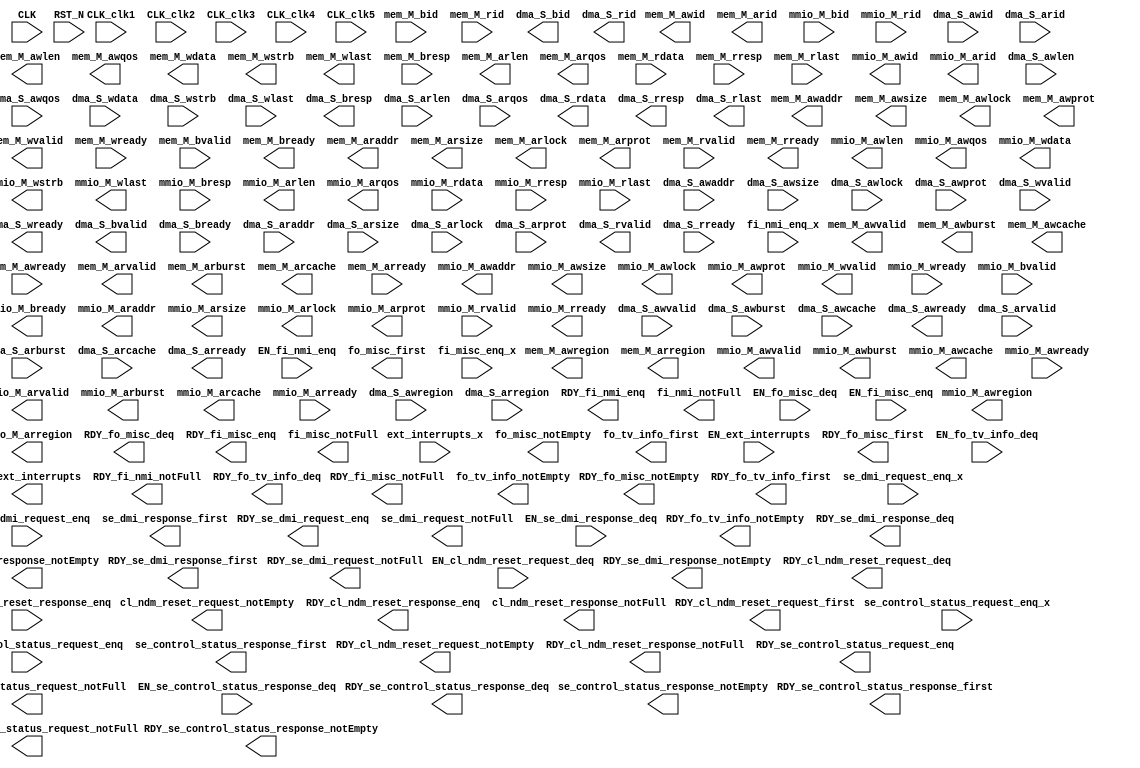
module mkAWSteria_Core(CLK_clk1,
		       CLK_clk2,
		       CLK_clk3,
		       CLK_clk4,
		       CLK_clk5,
		       CLK,
		       RST_N,

		       mem_M_awvalid,

		       mem_M_awid,

		       mem_M_awaddr,

		       mem_M_awlen,

		       mem_M_awsize,

		       mem_M_awburst,

		       mem_M_awlock,

		       mem_M_awcache,

		       mem_M_awprot,

		       mem_M_awqos,

		       mem_M_awregion,

		       mem_M_awready,

		       mem_M_wvalid,

		       mem_M_wdata,

		       mem_M_wstrb,

		       mem_M_wlast,

		       mem_M_wready,

		       mem_M_bvalid,
		       mem_M_bid,
		       mem_M_bresp,

		       mem_M_bready,

		       mem_M_arvalid,

		       mem_M_arid,

		       mem_M_araddr,

		       mem_M_arlen,

		       mem_M_arsize,

		       mem_M_arburst,

		       mem_M_arlock,

		       mem_M_arcache,

		       mem_M_arprot,

		       mem_M_arqos,

		       mem_M_arregion,

		       mem_M_arready,

		       mem_M_rvalid,
		       mem_M_rid,
		       mem_M_rdata,
		       mem_M_rresp,
		       mem_M_rlast,

		       mem_M_rready,

		       mmio_M_awvalid,

		       mmio_M_awid,

		       mmio_M_awaddr,

		       mmio_M_awlen,

		       mmio_M_awsize,

		       mmio_M_awburst,

		       mmio_M_awlock,

		       mmio_M_awcache,

		       mmio_M_awprot,

		       mmio_M_awqos,

		       mmio_M_awregion,

		       mmio_M_awready,

		       mmio_M_wvalid,

		       mmio_M_wdata,

		       mmio_M_wstrb,

		       mmio_M_wlast,

		       mmio_M_wready,

		       mmio_M_bvalid,
		       mmio_M_bid,
		       mmio_M_bresp,

		       mmio_M_bready,

		       mmio_M_arvalid,

		       mmio_M_arid,

		       mmio_M_araddr,

		       mmio_M_arlen,

		       mmio_M_arsize,

		       mmio_M_arburst,

		       mmio_M_arlock,

		       mmio_M_arcache,

		       mmio_M_arprot,

		       mmio_M_arqos,

		       mmio_M_arregion,

		       mmio_M_arready,

		       mmio_M_rvalid,
		       mmio_M_rid,
		       mmio_M_rdata,
		       mmio_M_rresp,
		       mmio_M_rlast,

		       mmio_M_rready,

		       dma_S_awvalid,
		       dma_S_awid,
		       dma_S_awaddr,
		       dma_S_awlen,
		       dma_S_awsize,
		       dma_S_awburst,
		       dma_S_awlock,
		       dma_S_awcache,
		       dma_S_awprot,
		       dma_S_awqos,
		       dma_S_awregion,

		       dma_S_awready,

		       dma_S_wvalid,
		       dma_S_wdata,
		       dma_S_wstrb,
		       dma_S_wlast,

		       dma_S_wready,

		       dma_S_bvalid,

		       dma_S_bid,

		       dma_S_bresp,

		       dma_S_bready,

		       dma_S_arvalid,
		       dma_S_arid,
		       dma_S_araddr,
		       dma_S_arlen,
		       dma_S_arsize,
		       dma_S_arburst,
		       dma_S_arlock,
		       dma_S_arcache,
		       dma_S_arprot,
		       dma_S_arqos,
		       dma_S_arregion,

		       dma_S_arready,

		       dma_S_rvalid,

		       dma_S_rid,

		       dma_S_rdata,

		       dma_S_rresp,

		       dma_S_rlast,

		       dma_S_rready,

		       ext_interrupts_x,
		       EN_ext_interrupts,
		       RDY_ext_interrupts,

		       fi_nmi_enq_x,
		       EN_fi_nmi_enq,
		       RDY_fi_nmi_enq,

		       fi_nmi_notFull,
		       RDY_fi_nmi_notFull,

		       fo_misc_first,
		       RDY_fo_misc_first,

		       EN_fo_misc_deq,
		       RDY_fo_misc_deq,

		       fo_misc_notEmpty,
		       RDY_fo_misc_notEmpty,

		       fi_misc_enq_x,
		       EN_fi_misc_enq,
		       RDY_fi_misc_enq,

		       fi_misc_notFull,
		       RDY_fi_misc_notFull,

		       fo_tv_info_first,
		       RDY_fo_tv_info_first,

		       EN_fo_tv_info_deq,
		       RDY_fo_tv_info_deq,

		       fo_tv_info_notEmpty,
		       RDY_fo_tv_info_notEmpty,

		       se_dmi_request_enq_x,
		       EN_se_dmi_request_enq,
		       RDY_se_dmi_request_enq,

		       se_dmi_request_notFull,
		       RDY_se_dmi_request_notFull,

		       se_dmi_response_first,
		       RDY_se_dmi_response_first,

		       EN_se_dmi_response_deq,
		       RDY_se_dmi_response_deq,

		       se_dmi_response_notEmpty,
		       RDY_se_dmi_response_notEmpty,

		       RDY_cl_ndm_reset_request_first,

		       EN_cl_ndm_reset_request_deq,
		       RDY_cl_ndm_reset_request_deq,

		       cl_ndm_reset_request_notEmpty,
		       RDY_cl_ndm_reset_request_notEmpty,

		       EN_cl_ndm_reset_response_enq,
		       RDY_cl_ndm_reset_response_enq,

		       cl_ndm_reset_response_notFull,
		       RDY_cl_ndm_reset_response_notFull,

		       se_control_status_request_enq_x,
		       EN_se_control_status_request_enq,
		       RDY_se_control_status_request_enq,

		       se_control_status_request_notFull,
		       RDY_se_control_status_request_notFull,

		       se_control_status_response_first,
		       RDY_se_control_status_response_first,

		       EN_se_control_status_response_deq,
		       RDY_se_control_status_response_deq,

		       se_control_status_response_notEmpty,
		       RDY_se_control_status_response_notEmpty);
  input  CLK_clk1;
  input  CLK_clk2;
  input  CLK_clk3;
  input  CLK_clk4;
  input  CLK_clk5;
  input  CLK;
  input  RST_N;

  // value method mem_M_m_awvalid
  output mem_M_awvalid;

  // value method mem_M_m_awid
  output [15 : 0] mem_M_awid;

  // value method mem_M_m_awaddr
  output [63 : 0] mem_M_awaddr;

  // value method mem_M_m_awlen
  output [7 : 0] mem_M_awlen;

  // value method mem_M_m_awsize
  output [2 : 0] mem_M_awsize;

  // value method mem_M_m_awburst
  output [1 : 0] mem_M_awburst;

  // value method mem_M_m_awlock
  output mem_M_awlock;

  // value method mem_M_m_awcache
  output [3 : 0] mem_M_awcache;

  // value method mem_M_m_awprot
  output [2 : 0] mem_M_awprot;

  // value method mem_M_m_awqos
  output [3 : 0] mem_M_awqos;

  // value method mem_M_m_awregion
  output [3 : 0] mem_M_awregion;

  // value method mem_M_m_awuser

  // action method mem_M_m_awready
  input  mem_M_awready;

  // value method mem_M_m_wvalid
  output mem_M_wvalid;

  // value method mem_M_m_wdata
  output [511 : 0] mem_M_wdata;

  // value method mem_M_m_wstrb
  output [63 : 0] mem_M_wstrb;

  // value method mem_M_m_wlast
  output mem_M_wlast;

  // value method mem_M_m_wuser

  // action method mem_M_m_wready
  input  mem_M_wready;

  // action method mem_M_m_bvalid
  input  mem_M_bvalid;
  input  [15 : 0] mem_M_bid;
  input  [1 : 0] mem_M_bresp;

  // value method mem_M_m_bready
  output mem_M_bready;

  // value method mem_M_m_arvalid
  output mem_M_arvalid;

  // value method mem_M_m_arid
  output [15 : 0] mem_M_arid;

  // value method mem_M_m_araddr
  output [63 : 0] mem_M_araddr;

  // value method mem_M_m_arlen
  output [7 : 0] mem_M_arlen;

  // value method mem_M_m_arsize
  output [2 : 0] mem_M_arsize;

  // value method mem_M_m_arburst
  output [1 : 0] mem_M_arburst;

  // value method mem_M_m_arlock
  output mem_M_arlock;

  // value method mem_M_m_arcache
  output [3 : 0] mem_M_arcache;

  // value method mem_M_m_arprot
  output [2 : 0] mem_M_arprot;

  // value method mem_M_m_arqos
  output [3 : 0] mem_M_arqos;

  // value method mem_M_m_arregion
  output [3 : 0] mem_M_arregion;

  // value method mem_M_m_aruser

  // action method mem_M_m_arready
  input  mem_M_arready;

  // action method mem_M_m_rvalid
  input  mem_M_rvalid;
  input  [15 : 0] mem_M_rid;
  input  [511 : 0] mem_M_rdata;
  input  [1 : 0] mem_M_rresp;
  input  mem_M_rlast;

  // value method mem_M_m_rready
  output mem_M_rready;

  // value method mmio_M_m_awvalid
  output mmio_M_awvalid;

  // value method mmio_M_m_awid
  output [15 : 0] mmio_M_awid;

  // value method mmio_M_m_awaddr
  output [63 : 0] mmio_M_awaddr;

  // value method mmio_M_m_awlen
  output [7 : 0] mmio_M_awlen;

  // value method mmio_M_m_awsize
  output [2 : 0] mmio_M_awsize;

  // value method mmio_M_m_awburst
  output [1 : 0] mmio_M_awburst;

  // value method mmio_M_m_awlock
  output mmio_M_awlock;

  // value method mmio_M_m_awcache
  output [3 : 0] mmio_M_awcache;

  // value method mmio_M_m_awprot
  output [2 : 0] mmio_M_awprot;

  // value method mmio_M_m_awqos
  output [3 : 0] mmio_M_awqos;

  // value method mmio_M_m_awregion
  output [3 : 0] mmio_M_awregion;

  // value method mmio_M_m_awuser

  // action method mmio_M_m_awready
  input  mmio_M_awready;

  // value method mmio_M_m_wvalid
  output mmio_M_wvalid;

  // value method mmio_M_m_wdata
  output [63 : 0] mmio_M_wdata;

  // value method mmio_M_m_wstrb
  output [7 : 0] mmio_M_wstrb;

  // value method mmio_M_m_wlast
  output mmio_M_wlast;

  // value method mmio_M_m_wuser

  // action method mmio_M_m_wready
  input  mmio_M_wready;

  // action method mmio_M_m_bvalid
  input  mmio_M_bvalid;
  input  [15 : 0] mmio_M_bid;
  input  [1 : 0] mmio_M_bresp;

  // value method mmio_M_m_bready
  output mmio_M_bready;

  // value method mmio_M_m_arvalid
  output mmio_M_arvalid;

  // value method mmio_M_m_arid
  output [15 : 0] mmio_M_arid;

  // value method mmio_M_m_araddr
  output [63 : 0] mmio_M_araddr;

  // value method mmio_M_m_arlen
  output [7 : 0] mmio_M_arlen;

  // value method mmio_M_m_arsize
  output [2 : 0] mmio_M_arsize;

  // value method mmio_M_m_arburst
  output [1 : 0] mmio_M_arburst;

  // value method mmio_M_m_arlock
  output mmio_M_arlock;

  // value method mmio_M_m_arcache
  output [3 : 0] mmio_M_arcache;

  // value method mmio_M_m_arprot
  output [2 : 0] mmio_M_arprot;

  // value method mmio_M_m_arqos
  output [3 : 0] mmio_M_arqos;

  // value method mmio_M_m_arregion
  output [3 : 0] mmio_M_arregion;

  // value method mmio_M_m_aruser

  // action method mmio_M_m_arready
  input  mmio_M_arready;

  // action method mmio_M_m_rvalid
  input  mmio_M_rvalid;
  input  [15 : 0] mmio_M_rid;
  input  [63 : 0] mmio_M_rdata;
  input  [1 : 0] mmio_M_rresp;
  input  mmio_M_rlast;

  // value method mmio_M_m_rready
  output mmio_M_rready;

  // action method dma_S_m_awvalid
  input  dma_S_awvalid;
  input  [15 : 0] dma_S_awid;
  input  [63 : 0] dma_S_awaddr;
  input  [7 : 0] dma_S_awlen;
  input  [2 : 0] dma_S_awsize;
  input  [1 : 0] dma_S_awburst;
  input  dma_S_awlock;
  input  [3 : 0] dma_S_awcache;
  input  [2 : 0] dma_S_awprot;
  input  [3 : 0] dma_S_awqos;
  input  [3 : 0] dma_S_awregion;

  // value method dma_S_m_awready
  output dma_S_awready;

  // action method dma_S_m_wvalid
  input  dma_S_wvalid;
  input  [511 : 0] dma_S_wdata;
  input  [63 : 0] dma_S_wstrb;
  input  dma_S_wlast;

  // value method dma_S_m_wready
  output dma_S_wready;

  // value method dma_S_m_bvalid
  output dma_S_bvalid;

  // value method dma_S_m_bid
  output [15 : 0] dma_S_bid;

  // value method dma_S_m_bresp
  output [1 : 0] dma_S_bresp;

  // value method dma_S_m_buser

  // action method dma_S_m_bready
  input  dma_S_bready;

  // action method dma_S_m_arvalid
  input  dma_S_arvalid;
  input  [15 : 0] dma_S_arid;
  input  [63 : 0] dma_S_araddr;
  input  [7 : 0] dma_S_arlen;
  input  [2 : 0] dma_S_arsize;
  input  [1 : 0] dma_S_arburst;
  input  dma_S_arlock;
  input  [3 : 0] dma_S_arcache;
  input  [2 : 0] dma_S_arprot;
  input  [3 : 0] dma_S_arqos;
  input  [3 : 0] dma_S_arregion;

  // value method dma_S_m_arready
  output dma_S_arready;

  // value method dma_S_m_rvalid
  output dma_S_rvalid;

  // value method dma_S_m_rid
  output [15 : 0] dma_S_rid;

  // value method dma_S_m_rdata
  output [511 : 0] dma_S_rdata;

  // value method dma_S_m_rresp
  output [1 : 0] dma_S_rresp;

  // value method dma_S_m_rlast
  output dma_S_rlast;

  // value method dma_S_m_ruser

  // action method dma_S_m_rready
  input  dma_S_rready;

  // action method ext_interrupts
  input  [4 : 0] ext_interrupts_x;
  input  EN_ext_interrupts;
  output RDY_ext_interrupts;

  // action method fi_nmi_enq
  input  fi_nmi_enq_x;
  input  EN_fi_nmi_enq;
  output RDY_fi_nmi_enq;

  // value method fi_nmi_notFull
  output fi_nmi_notFull;
  output RDY_fi_nmi_notFull;

  // value method fo_misc_first
  output [31 : 0] fo_misc_first;
  output RDY_fo_misc_first;

  // action method fo_misc_deq
  input  EN_fo_misc_deq;
  output RDY_fo_misc_deq;

  // value method fo_misc_notEmpty
  output fo_misc_notEmpty;
  output RDY_fo_misc_notEmpty;

  // action method fi_misc_enq
  input  [31 : 0] fi_misc_enq_x;
  input  EN_fi_misc_enq;
  output RDY_fi_misc_enq;

  // value method fi_misc_notFull
  output fi_misc_notFull;
  output RDY_fi_misc_notFull;

  // value method fo_tv_info_first
  output [607 : 0] fo_tv_info_first;
  output RDY_fo_tv_info_first;

  // action method fo_tv_info_deq
  input  EN_fo_tv_info_deq;
  output RDY_fo_tv_info_deq;

  // value method fo_tv_info_notEmpty
  output fo_tv_info_notEmpty;
  output RDY_fo_tv_info_notEmpty;

  // action method se_dmi_request_enq
  input  [39 : 0] se_dmi_request_enq_x;
  input  EN_se_dmi_request_enq;
  output RDY_se_dmi_request_enq;

  // value method se_dmi_request_notFull
  output se_dmi_request_notFull;
  output RDY_se_dmi_request_notFull;

  // value method se_dmi_response_first
  output [31 : 0] se_dmi_response_first;
  output RDY_se_dmi_response_first;

  // action method se_dmi_response_deq
  input  EN_se_dmi_response_deq;
  output RDY_se_dmi_response_deq;

  // value method se_dmi_response_notEmpty
  output se_dmi_response_notEmpty;
  output RDY_se_dmi_response_notEmpty;

  // value method cl_ndm_reset_request_first
  output RDY_cl_ndm_reset_request_first;

  // action method cl_ndm_reset_request_deq
  input  EN_cl_ndm_reset_request_deq;
  output RDY_cl_ndm_reset_request_deq;

  // value method cl_ndm_reset_request_notEmpty
  output cl_ndm_reset_request_notEmpty;
  output RDY_cl_ndm_reset_request_notEmpty;

  // action method cl_ndm_reset_response_enq
  input  EN_cl_ndm_reset_response_enq;
  output RDY_cl_ndm_reset_response_enq;

  // value method cl_ndm_reset_response_notFull
  output cl_ndm_reset_response_notFull;
  output RDY_cl_ndm_reset_response_notFull;

  // action method se_control_status_request_enq
  input  [31 : 0] se_control_status_request_enq_x;
  input  EN_se_control_status_request_enq;
  output RDY_se_control_status_request_enq;

  // value method se_control_status_request_notFull
  output se_control_status_request_notFull;
  output RDY_se_control_status_request_notFull;

  // value method se_control_status_response_first
  output [31 : 0] se_control_status_response_first;
  output RDY_se_control_status_response_first;

  // action method se_control_status_response_deq
  input  EN_se_control_status_response_deq;
  output RDY_se_control_status_response_deq;

  // value method se_control_status_response_notEmpty
  output se_control_status_response_notEmpty;
  output RDY_se_control_status_response_notEmpty;

  // signals for module outputs
  wire [607 : 0] fo_tv_info_first;
  wire [511 : 0] dma_S_rdata, mem_M_wdata;
  wire [63 : 0] mem_M_araddr,
		mem_M_awaddr,
		mem_M_wstrb,
		mmio_M_araddr,
		mmio_M_awaddr,
		mmio_M_wdata;
  wire [31 : 0] fo_misc_first,
		se_control_status_response_first,
		se_dmi_response_first;
  wire [15 : 0] dma_S_bid,
		dma_S_rid,
		mem_M_arid,
		mem_M_awid,
		mmio_M_arid,
		mmio_M_awid;
  wire [7 : 0] mem_M_arlen,
	       mem_M_awlen,
	       mmio_M_arlen,
	       mmio_M_awlen,
	       mmio_M_wstrb;
  wire [3 : 0] mem_M_arcache,
	       mem_M_arqos,
	       mem_M_arregion,
	       mem_M_awcache,
	       mem_M_awqos,
	       mem_M_awregion,
	       mmio_M_arcache,
	       mmio_M_arqos,
	       mmio_M_arregion,
	       mmio_M_awcache,
	       mmio_M_awqos,
	       mmio_M_awregion;
  wire [2 : 0] mem_M_arprot,
	       mem_M_arsize,
	       mem_M_awprot,
	       mem_M_awsize,
	       mmio_M_arprot,
	       mmio_M_arsize,
	       mmio_M_awprot,
	       mmio_M_awsize;
  wire [1 : 0] dma_S_bresp,
	       dma_S_rresp,
	       mem_M_arburst,
	       mem_M_awburst,
	       mmio_M_arburst,
	       mmio_M_awburst;
  wire RDY_cl_ndm_reset_request_deq,
       RDY_cl_ndm_reset_request_first,
       RDY_cl_ndm_reset_request_notEmpty,
       RDY_cl_ndm_reset_response_enq,
       RDY_cl_ndm_reset_response_notFull,
       RDY_ext_interrupts,
       RDY_fi_misc_enq,
       RDY_fi_misc_notFull,
       RDY_fi_nmi_enq,
       RDY_fi_nmi_notFull,
       RDY_fo_misc_deq,
       RDY_fo_misc_first,
       RDY_fo_misc_notEmpty,
       RDY_fo_tv_info_deq,
       RDY_fo_tv_info_first,
       RDY_fo_tv_info_notEmpty,
       RDY_se_control_status_request_enq,
       RDY_se_control_status_request_notFull,
       RDY_se_control_status_response_deq,
       RDY_se_control_status_response_first,
       RDY_se_control_status_response_notEmpty,
       RDY_se_dmi_request_enq,
       RDY_se_dmi_request_notFull,
       RDY_se_dmi_response_deq,
       RDY_se_dmi_response_first,
       RDY_se_dmi_response_notEmpty,
       cl_ndm_reset_request_notEmpty,
       cl_ndm_reset_response_notFull,
       dma_S_arready,
       dma_S_awready,
       dma_S_bvalid,
       dma_S_rlast,
       dma_S_rvalid,
       dma_S_wready,
       fi_misc_notFull,
       fi_nmi_notFull,
       fo_misc_notEmpty,
       fo_tv_info_notEmpty,
       mem_M_arlock,
       mem_M_arvalid,
       mem_M_awlock,
       mem_M_awvalid,
       mem_M_bready,
       mem_M_rready,
       mem_M_wlast,
       mem_M_wvalid,
       mmio_M_arlock,
       mmio_M_arvalid,
       mmio_M_awlock,
       mmio_M_awvalid,
       mmio_M_bready,
       mmio_M_rready,
       mmio_M_wlast,
       mmio_M_wvalid,
       se_control_status_request_notFull,
       se_control_status_response_notEmpty,
       se_dmi_request_notFull,
       se_dmi_response_notEmpty;

   // ================================================================
   // ================================================================

   // Architecture Researcher plugs in their own RISC-V Core HERE.
   // Simplest cores contain just a CPU.
   // More complex cores can contain any or all of the following:
   //     Clock-crossing logic (to run core at slower speeds)
   //     Caches and MMUs
   //     CLINT (MMIO gadget for MTIME, MTIMECMP, MSIP, and generating timer and SW interrupts)
   //     PLIC    (Platform Level Interrupt Controller)
   //     CLIC    (Core Local Interrupt Controller)
   //     Boot ROM
   //     Debug Module
   //     ...

   // ================================================================
   // ================================================================

endmodule